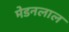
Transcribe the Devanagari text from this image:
मेडनलाल